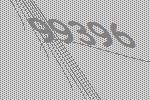
99396